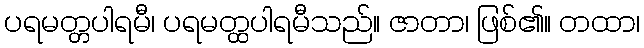
ပရမတ္တပါရမီ၊ ပရမတ္ထပါရမီသည်။ ဇာတာ၊ ဖြစ်၏။ တထာ၊